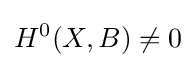
H^{0}(X,B)\neq 0